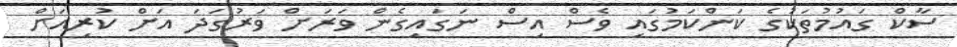
ސާކް ގައުމުތަކުގެ ކަންކަމުގައި ވެސް އިސް ނަގައިގެން ވަރަށް ވަރުގަދަ އަށް ކުރިއަށް